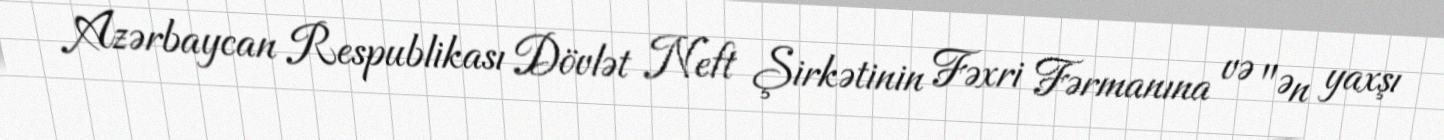
Azərbaycan Respublikası Dövlət Neft Şirkətinin Fəxri Fərmanına və "Ən yaxşı